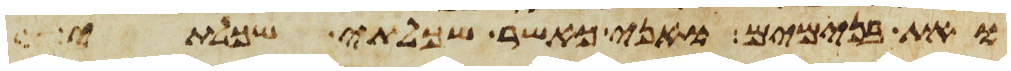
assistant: ואת בנימים ואני כאשר שכלתי שכלתי